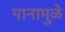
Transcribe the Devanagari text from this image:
पानामुळे